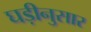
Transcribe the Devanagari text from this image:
घड़ीनुसार